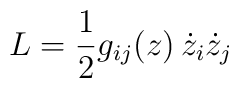
L = {1 \over 2} g_{ij}(z)\, \dot z_i \dot z_j